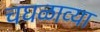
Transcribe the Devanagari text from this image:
चघळाव्या